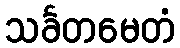
သင်္ခတမေတံ